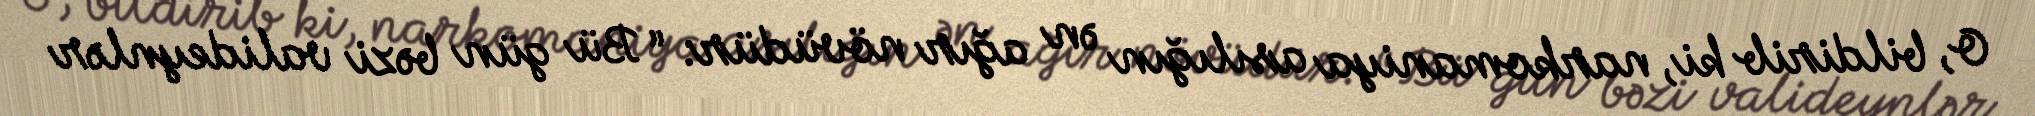
O, bildirib ki, narkomaniya asılığın ən ağır növüdür: “ Bü gün bəzi valideynlər